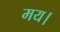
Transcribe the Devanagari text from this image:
मय।